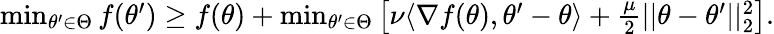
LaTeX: \begin{array}{r}{\operatorname*{min}_{\theta^{\prime}\in\Theta}f(\theta^{\prime})\ge f(\theta)+\operatorname*{min}_{\theta^{\prime}\in\Theta}\left[\nu\langle\nabla f(\theta),\theta^{\prime}-\theta\rangle+\frac{\mu}{2}||\theta-\theta^{\prime}||_{2}^{2}\right].}\end{array}